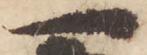
一